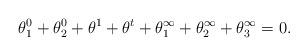
LaTeX: \begin{gather*}\theta^0_1+\theta^0_2+\theta^1+\theta^t+\theta^\infty_1+\theta^\infty_2+\theta^\infty_3=0.\end{gather*}